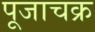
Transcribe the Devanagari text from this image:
पूजाचक्र